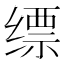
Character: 缥